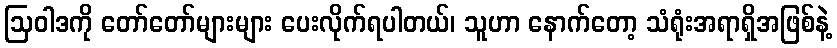
ဩဝါဒကို တော်တော်များများ ပေးလိုက်ရပါတယ်၊ သူဟာ နောက်တော့ သံရုံးအရာရှိအဖြစ်နဲ့